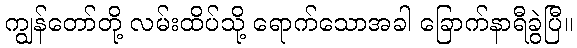
ကျွန်တော်တို့ လမ်းထိပ်သို့ ရောက်သောအခါ ခြောက်နာရီခွဲပြီ။